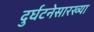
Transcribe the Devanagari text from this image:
दुर्घटनेसारख्या